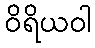
ဝိရိယဝါ